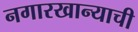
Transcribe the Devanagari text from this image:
नगारखान्याची